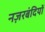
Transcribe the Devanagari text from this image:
नज़रबंदियों